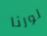
لورنا